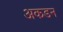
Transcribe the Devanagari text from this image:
अकडन